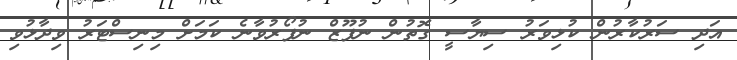
އަދި ސަރުކާރުން ކުޅިވަރު ސިޔާސީ ގޮތުން ނުފޫޒް ނުފޯރުވާނެ ކަމަށް މިނިސްޓަރު ވިދާޅުވި